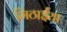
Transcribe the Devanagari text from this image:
मिठाईंया